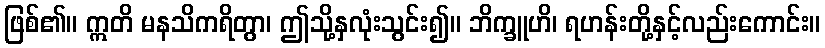
ဖြစ်၏။ ဣတိ မနသိကရိတွာ၊ ဤသို့နှလုံးသွင်း၍။ ဘိက္ခူဟိ၊ ရဟန်းတို့နှင့်လည်းကောင်း။